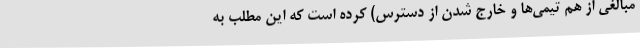
مبالغی از هم تیمی‌ها و خارج شدن از دسترس) کرده است که این مطلب به